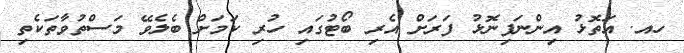
ހއ. އަތޮޅު އިންނަފިނޮޅު ފަރަށް އެރި ބޯޓުގައި ހުރި ކަމަށް ބެލެވޭ މަސްތުވާތަކެތި